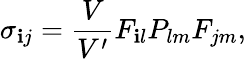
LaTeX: \sigma_{\mathbf{i}j}=\frac{{V}}{{V^{\prime}}}F_{\mathbf{i}l}P_{lm}F_{jm},